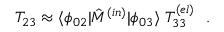
T _ { 2 3 } \approx \langle \phi _ { 0 2 } | \hat { M } ^ { ( i n ) } | \phi _ { 0 3 } \rangle \ T _ { 3 3 } ^ { ( e l ) } \ \ .